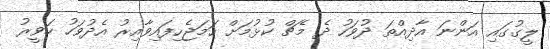
ލީގުގައި އަންނަ އާދިއްތަ ދުވަހު ދެ މެޗް ކުޅުމަށް ހަމަޖެހިފައިވާއިރު އެދުވަހު ހަވީރު